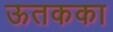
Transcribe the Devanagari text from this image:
ऊतकका